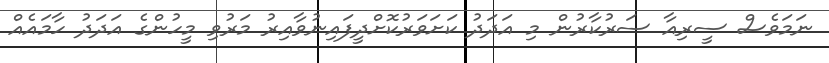
ނަމަވެސް ސީރިއާ ސަރުކާރުން މި އަދަދު ކަށަވަރުކޮށްދީފައިނުވާއިރު މަރުވި މީހުންގެ އަދަދު ހާމައެއް